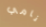
نامي